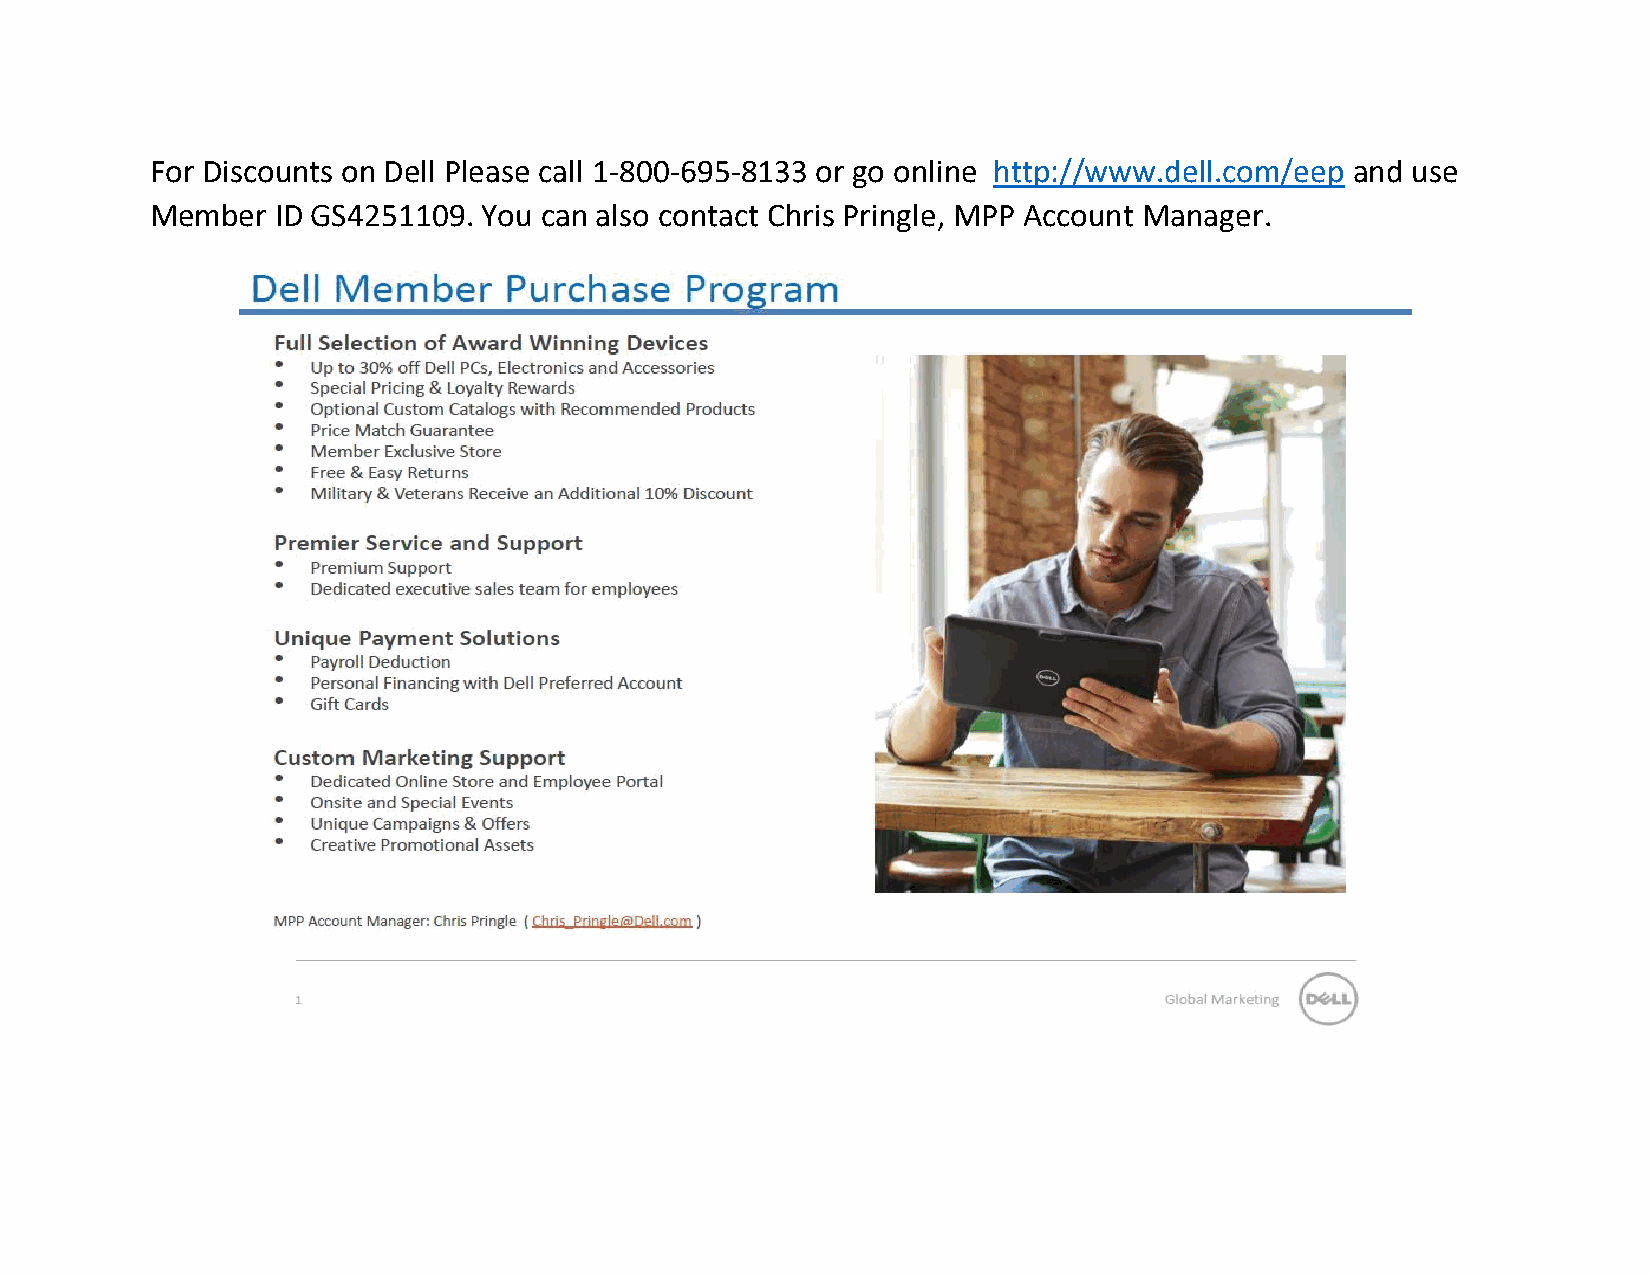
For Discounts on Dell Please call 1-800-695-8133 or go online http://www.dell.com/eep and use
 Member  ID GS4251109. You can also contact Chris Pringle, MPP Account Manager.